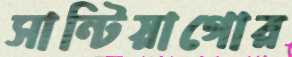
সান্টিয়াগোর